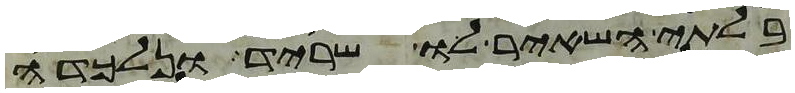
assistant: בלתי השאיר לו שריד ונלכדה